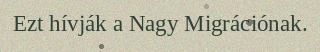
Ezt hívják a Nagy Migrációnak.